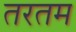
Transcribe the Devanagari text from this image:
तरतम